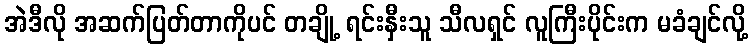
အဲဒီလို အဆက်ပြတ်တာကိုပင် တချို့ ရင်းနှီးသူ သီလရှင် လူကြီးပိုင်းက မခံချင်လို့